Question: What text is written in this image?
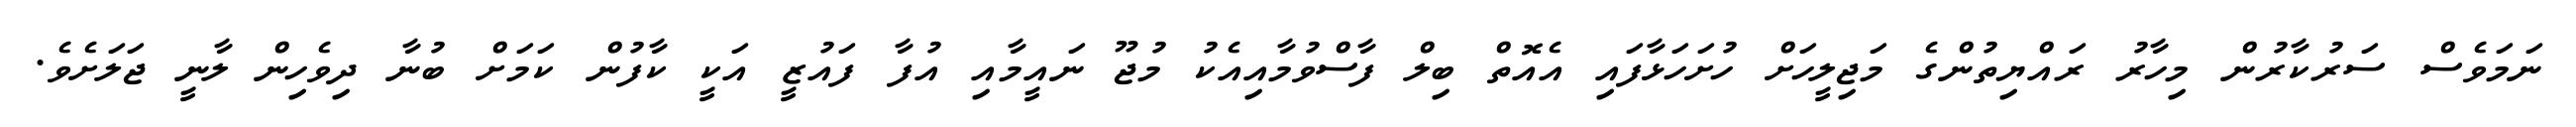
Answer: ނަމަވެސް ސަރުކާރުން މިހާރު ރައްޔިތުންގެ މަޖިލީހަށް ހުށަހަޅާފައި އެއޮތް ބިލް ފާސްވުމާއިއެކު މުޖޫ ނައީމާއި އުފާ ފައުޒީ އަކީ ކާފުން ކަމަށް ބުނާ ދިވެހިން ލާނީ ޖަލަށެވެ.